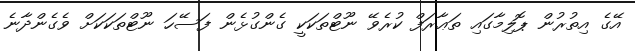
އޭގެ އިތުރުން ޕޮލިމާގައި ތަޢާރަފް ކުރެވޭ ނޫޓްތަކަކީ ގެންގުޅެން ފަސޭހަ ނޫޓްތަކަކަށް ވެގެންދާނެ